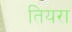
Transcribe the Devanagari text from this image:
तियरा